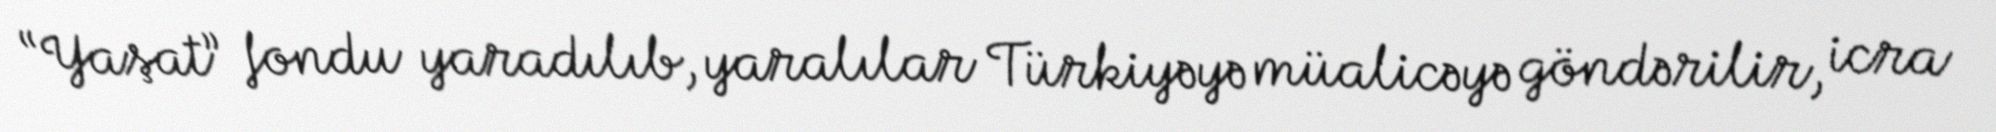
“Yaşat” fondu yaradılıb, yaralılar Türkiyəyə müalicəyə göndərilir, icra